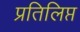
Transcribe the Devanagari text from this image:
प्रतिलिप्त